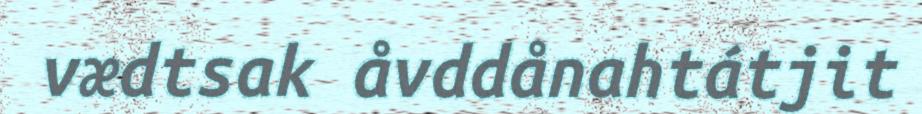
vædtsak åvddånahtátjit